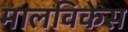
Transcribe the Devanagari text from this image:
मालविकेस